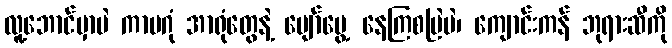
လူ့ဘောင်မှာပဲ ကာမဂုံ အာရုံတွေနဲ့ ပျော်မွေ့ နေကြစမြဲပဲ၊ ကျောင်းကန် ဘုရားဆီကို